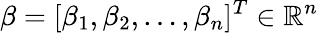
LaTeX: \beta=[\beta_{1},\beta_{2},\dots,\beta_{n}]^{T}\in\mathbb{R}^{n}